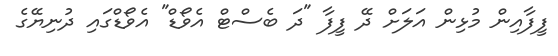
ފީފާއިން މުޅިން އަލަށް ދޭ ފީފާ "ދަ ބެސްޓް އެވޯޑް" އެވޯޑްގައި ދުނިޔޭގެ